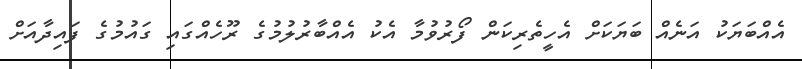
އެއްބަޔަކު އަނެއް ބަޔަކަށް އެހީތެރިކަން ފޯރުވުމާ އެކު އެއްބާރުލުމުގެ ރޫހެއްގައި ގައުމުގެ ފައިދާއަށް